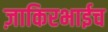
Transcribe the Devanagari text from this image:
ज़ाकिरभाईच